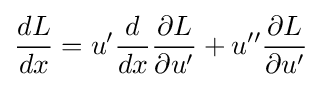
{\frac {dL}{dx}}=u'{\frac {d}{dx}}{\frac {\partial L}{\partial u'}}+u''{\frac {\partial L}{\partial u'}}